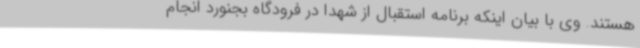
هستند. وی با بیان اینکه برنامه استقبال از شهدا در فرودگاه بجنورد انجام